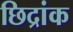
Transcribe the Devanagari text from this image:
छिद्रांक